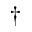
^ { \dag }